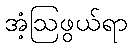
အံ့ဩဖွယ်ရာ